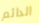
الدائم